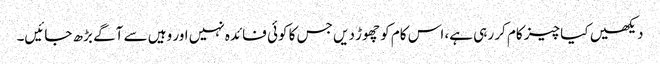
دیکھیں کیا چیز کام کر رہی ہے، اس کام کو چھوڑ دیں جس کا کوئی فائدہ نہیں اور وہیں سے آگے بڑھ جائیں۔